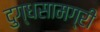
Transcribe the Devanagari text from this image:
दुग्धसामग्री